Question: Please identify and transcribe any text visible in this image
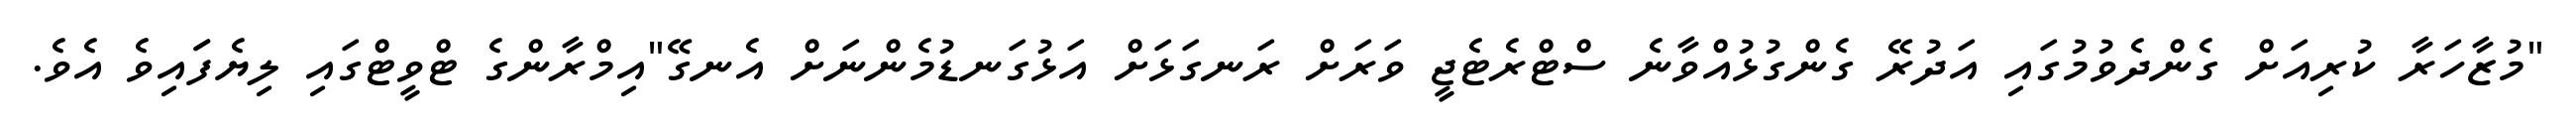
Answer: "މުޒާހަރާ ކުރިއަށް ގެންދެވުމުގައި އަދުރޭ ގެންގުޅުއްވާނެ ސްޓްރެޓެޖީ ވަރަށް ރަނގަޅަށް އަޅުގަނޑުމެންނަށް އެނގޭ"އިމްރާންގެ ޓްވީޓްގައި ލިޔެފަައިވެ އެވެ.